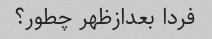
فردا بعدازظهر چطور؟